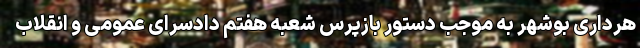
هرداری بوشهر به موجب دستور بازپرس شعبه هفتم دادسرای عمومی و انقلاب